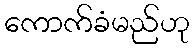
ကောက်ခံမည်ဟု